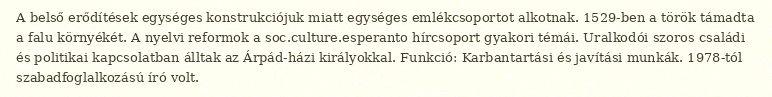
A belső erődítések egységes konstrukciójuk miatt egységes emlékcsoportot alkotnak. 1529-ben a török támadta a falu környékét. A nyelvi reformok a soc.culture.esperanto hírcsoport gyakori témái. Uralkodói szoros családi és politikai kapcsolatban álltak az Árpád-házi királyokkal. Funkció: Karbantartási és javítási munkák. 1978-tól szabadfoglalkozású író volt.